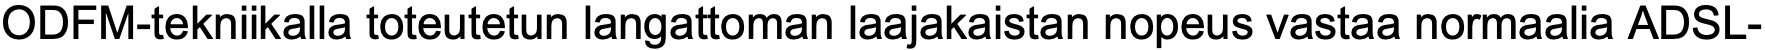
ODFM-tekniikalla toteutetun langattoman laajakaistan nopeus vastaa normaalia ADSL-